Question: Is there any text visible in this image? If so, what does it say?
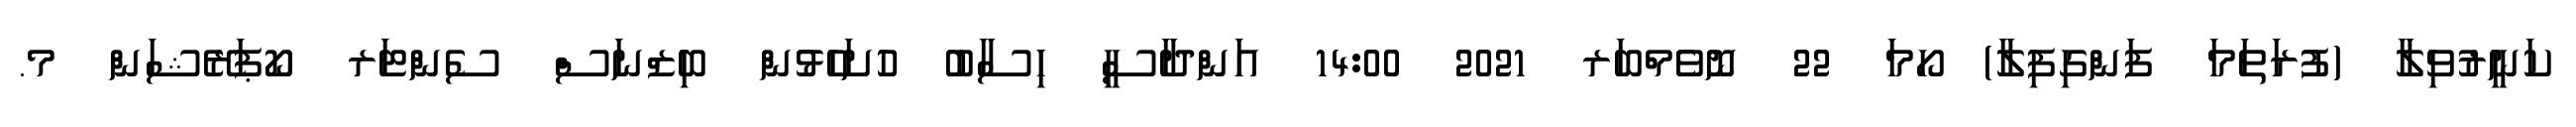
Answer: ކަނީރުވިލާ (ފުރަތަމަ ފަންގިފިލާ) ހޯމަ 22 ނޮވެމްބަރ 2021 14:00 އަންދާސީ ހިސާބު ހުށަހެޅުން ބިޒްނަސް ސެންޓަރ ކޯޕަރޭޝަން މ.